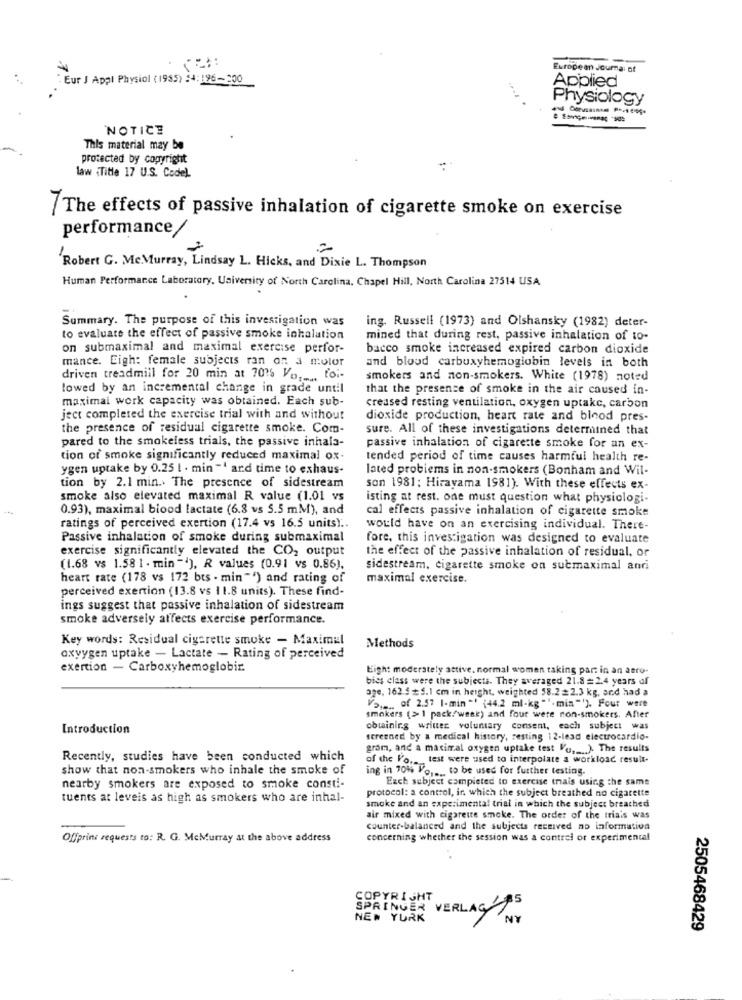
European Journal of
Eur J Appl Physiol (1955) :4:196-200
Applied
Physiology
NOTICE
This material may be
protected by copyright
law <Title 17 U.S. Code).
7The effects of passive inhalation of cigarette smoke on exercise
performance
2
Robert G. McMurray, Lindsay L. Hicks, and Dixie L. Thompson
Human Performance Laboratory, University of North Carolina. Chapel Hill, North Carolina 27514 USA
Summary. The purpose of this investigation was
ing. Russell (1973) and Olshansky (1982) deter-
to evaluate the effect of passive smoke inhalation
mined that during rest, passive inhalation of to-
on submaximal and maximal exercise perfor-
bacco smoke increased expired carbon dioxide
mance. Eigh: female subjects ran on a motor
and blood carbuxyhemoglobin levels in both
driven treadmill for 20 min at 70's Vo ..... toi-
smokers and non-smokers. White (1978) noted
lowed by an incremental change in grade until
that the presence of smoke in the air caused in-
maximal work capacity was obtained. Each sub-
creased resting ventilation, oxygen uptake, carbon
ject completed the exercise trial with and without
dioxide production, heart rate and blood pres-
the presence of residual cigarette smoke. Com-
sure. All of these investigations determined that
pared to the smokeless trials, the passive inhala-
passive inhalation of cigarette smoke for an ex-
tion of smoke significantly reduced maximal ox-
tended period of time causes harmful health re-
ygen uptake by 0.25 l . min "' and time to exhaus-
lated problems in non-smokers (Bonham and Wil-
tion by 2.1 min .. The presence of sidestream
son 1981; Hirayama 1981). With these effects ex-
smoke also elevated maximal R value (1.01 vs
isting at rest. one must question what physiologi-
0.93), maximal biood lactate (6.8 vs 5.5 mM), and
cal effects passive inhalation of cigarette smoke
ratings of perceived exertion (17.4 vs 16.5 units) ..
would have on an exercising individual. There-
Passive inhalation of smoke during submaximal
fore, this investigation was designed to evaluate
exercise significantly elevated the CO2 output
the effect of the passive inhalation of residual, or
(1.68 vs 1.58 1 . min "), R values (0.91 vs 0.86).
sidestream, cigarette smoke on submaximal anti
heart rate (178 vs 172 bts . min "") and rating of
maximal exercise.
perceived exertion (13.8 vs 11.8 units). These find-
ings suggest that passive inhalation of sidestream
smoke adversely affects exercise performance.
Key words: Residual cigarette smoke - Maximal
Methods
oxyygen uptake - Lactate - Rating of perceived
exertion - Carboxyhemoglobir.
Eight moderately attive. normal women taking part in an aero-
bies class were the subjecta. They averaged 21.8 =2.4 years of
age, 162.5 + 5.1 cm in height, weighted 58.2=2.3 kg, and had a
Vom .. of 2.57 |-min "' (44.2 ml-kg "". min""). Four were
smokers (>1 pack/week) and four were non-smokers. After
Introduction
obtaining written voluntary consent, each subject was
screened by a medical history, resting 12-lead electrocardio-
gram, and a maximal oxygen uptake test Vo ,... ). The results
Recently, studies have been conducted which
of the Po .._ test were used to interpolate a workload result-
show that non-smokers who inhale the smoke of
ing in 70% Po .... to be used for further testing.
Each subject completed to exercise trais using the same
nearby smokers are exposed to smoke consti-
protocol: a control, ir. which the subject breathed no cigarette
tuents at leveis as high as smokers who are inhal-
smoke and an experimental trial in which the subject breathed
air mixed with cigarette smoke. The order of the trials was
counter-balanced and the subjects received no information
Offprins requests to: R. G. MeMurray at the above address
concerning whether the session was a contrel of experimental
COPYRIGHT
SPRINGER VERLAG $5
NEW YORK
2505468429